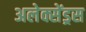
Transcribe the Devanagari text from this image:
अलेक्सेंड्रस